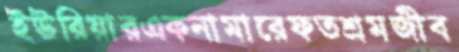
ইউরিয়ারএকনামারেফতশ্রমজীব